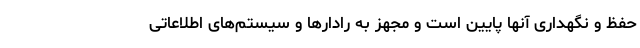
حفظ و نگهداری آنها پایین است و مجهز به رادارها و سیستم‌های اطلاعاتی